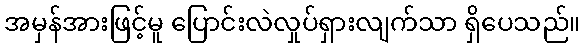
အမှန်အားဖြင့်မူ ပြောင်းလဲလှုပ်ရှားလျက်သာ ရှိပေသည်။